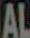
AL